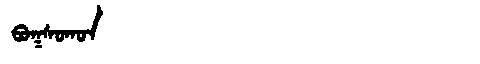
Manchu: ᠪᠣᡴᠰᠣᡴᠣᠨ
Romanization: BOKSOKON